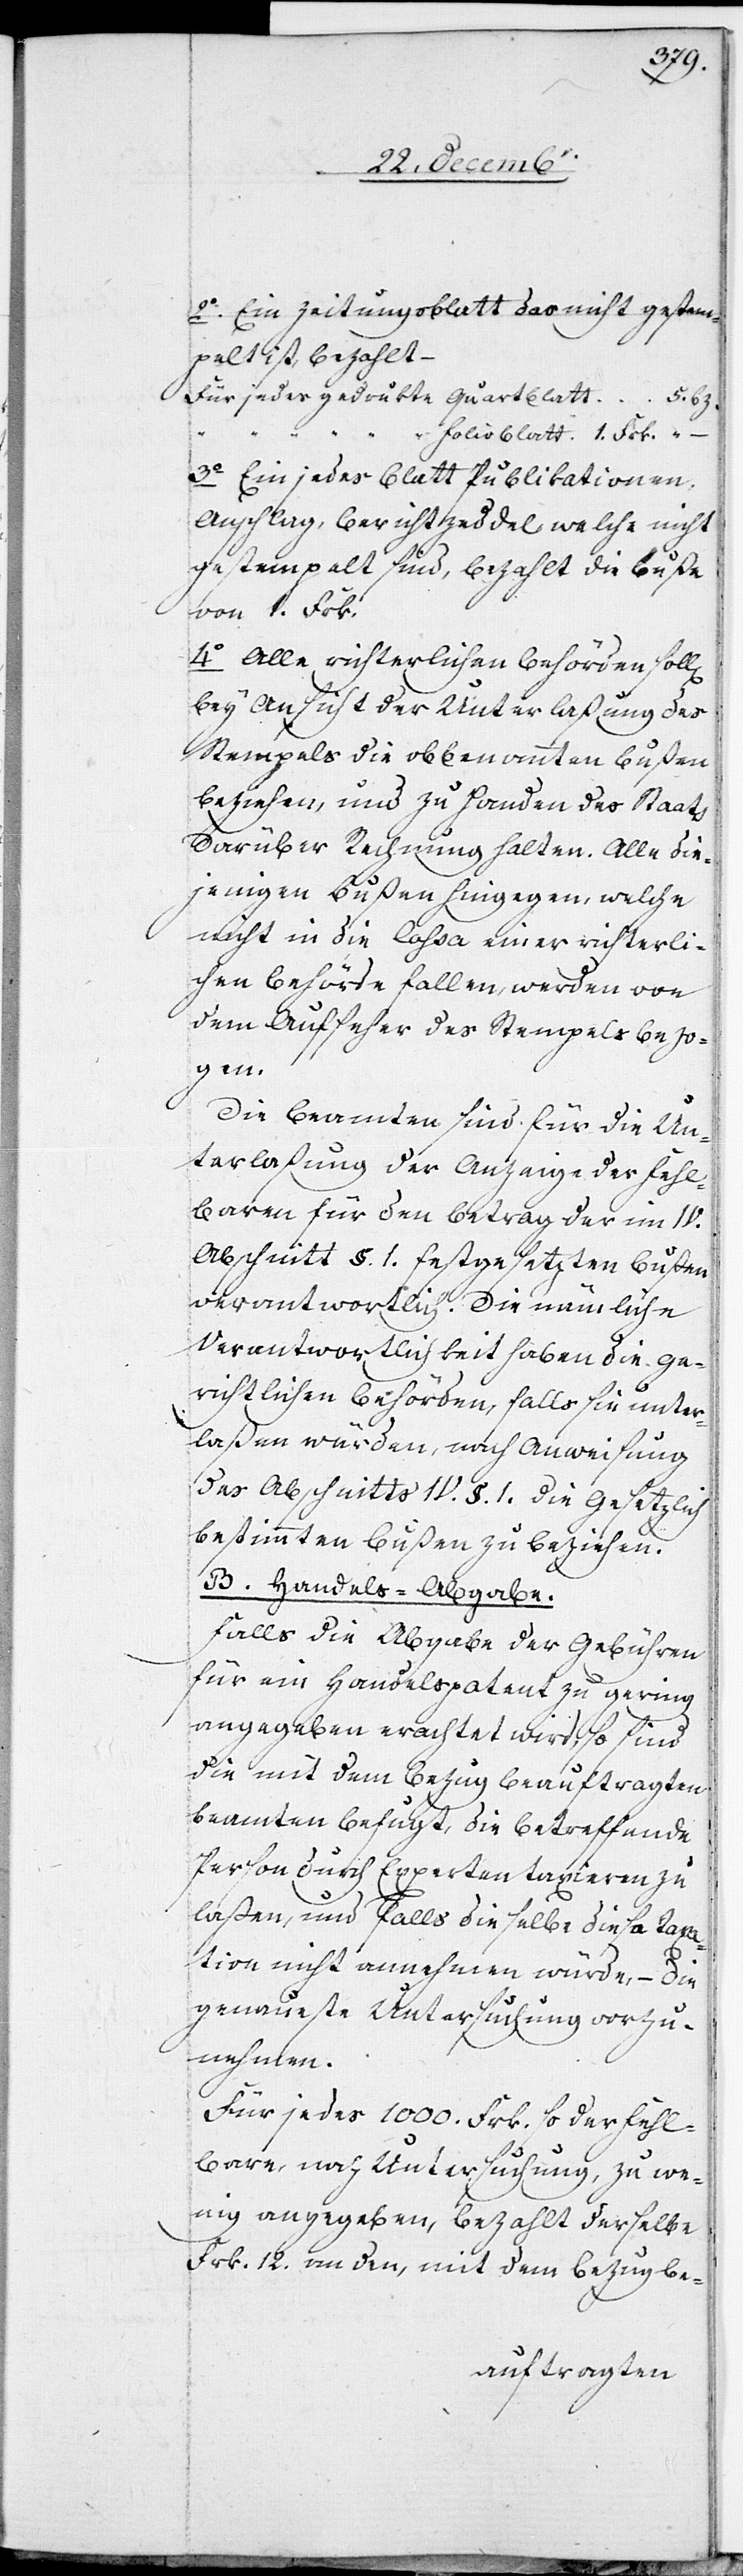
2. Ein Zeitungsblatt das nicht gestem¬
pelt ist, bezahlt ‒
3. Ein jedes Blatt Publikationen,
Anschlag, Berichzeddel, welche nicht
gestempelt sind, bezahlt die Buße
von 1. Frk.
4. Alle richterlichen Behörden soll[en]
bey Ansicht der Unterlaßung des
Stempels die obbenannten Bußen
beziehen, und zu Handen des Staats
darüber Rechnung halten. Alle die¬
jenigen Bußen hingegen, welche
nicht in die Cassa einer richterli¬
chen Behörde fallen, werden von
dem Aufseher des Stempels bezo¬
gen.
Die Beamten sind für die Un¬
terlaßung der Anzeige der Fehl¬
baren für den Betrag der im IV.
Abschnitt §. 1. festgesetzten Bußen
verantwortlich. Die nämliche
Verantwortlichkeit haben die ge¬
richtlichen Behörden, falls sie unter¬
laßen würden, nach Anweisung
des Abschnitts IV. §. 1. die Gesetzlich
bestimmten Bußen zu beziehen.
B. Handels-Abgabe.
Falls die Abgabe der Gebühren
für ein Handelspatent zu gering
angegeben erachtet wird, so sind
die mit dem Bezug beauftragten
Beamten befugt, die betreffende
Person durch Experten taxieren zu
laßen, und falls dieselbe diese Taxa¬
tion nicht annehmen würde, – die
genaueste Untersuchung vorzu¬
nehmen.
Für jede 1000. Frk. so der Fehl¬
bare, nach Untersuchung, zu we¬
nig angegeben, bezahlt derselbe
Frk. 12. von den, mit dem Bezug be-